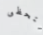
لتحظى